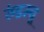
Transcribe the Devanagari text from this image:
रुंडस्चू